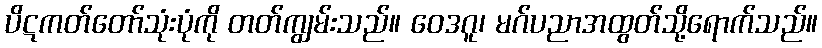
ပိဋကတ်တော်သုံးပုံကို တတ်ကျွမ်းသည်။ ဝေဒဂူ၊ မဂ်ပညာအထွတ်သို့ရောက်သည်။